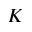
K